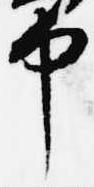
中